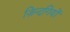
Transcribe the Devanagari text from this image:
ज़िन्दगियों